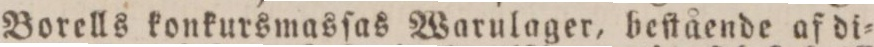
Borells konkursmasſas Warulager, beſtående af di=